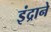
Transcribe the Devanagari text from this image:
इंद्राने